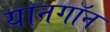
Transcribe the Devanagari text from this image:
यानगॉन